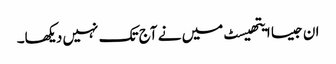
ان جیسا ایتھیسٹ میں نے آج تک نہیں دیکھا۔